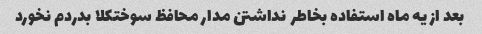
بعد از یه ماه استفاده بخاطر  نداشتن مدار محافظ سوختکلا بدردم نخورد